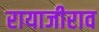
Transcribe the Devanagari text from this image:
रायाजीराव